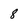
Character: 8